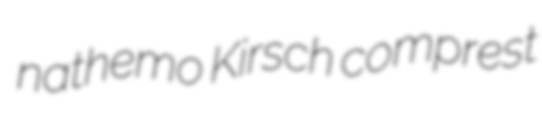
nathemo Kirsch comprest